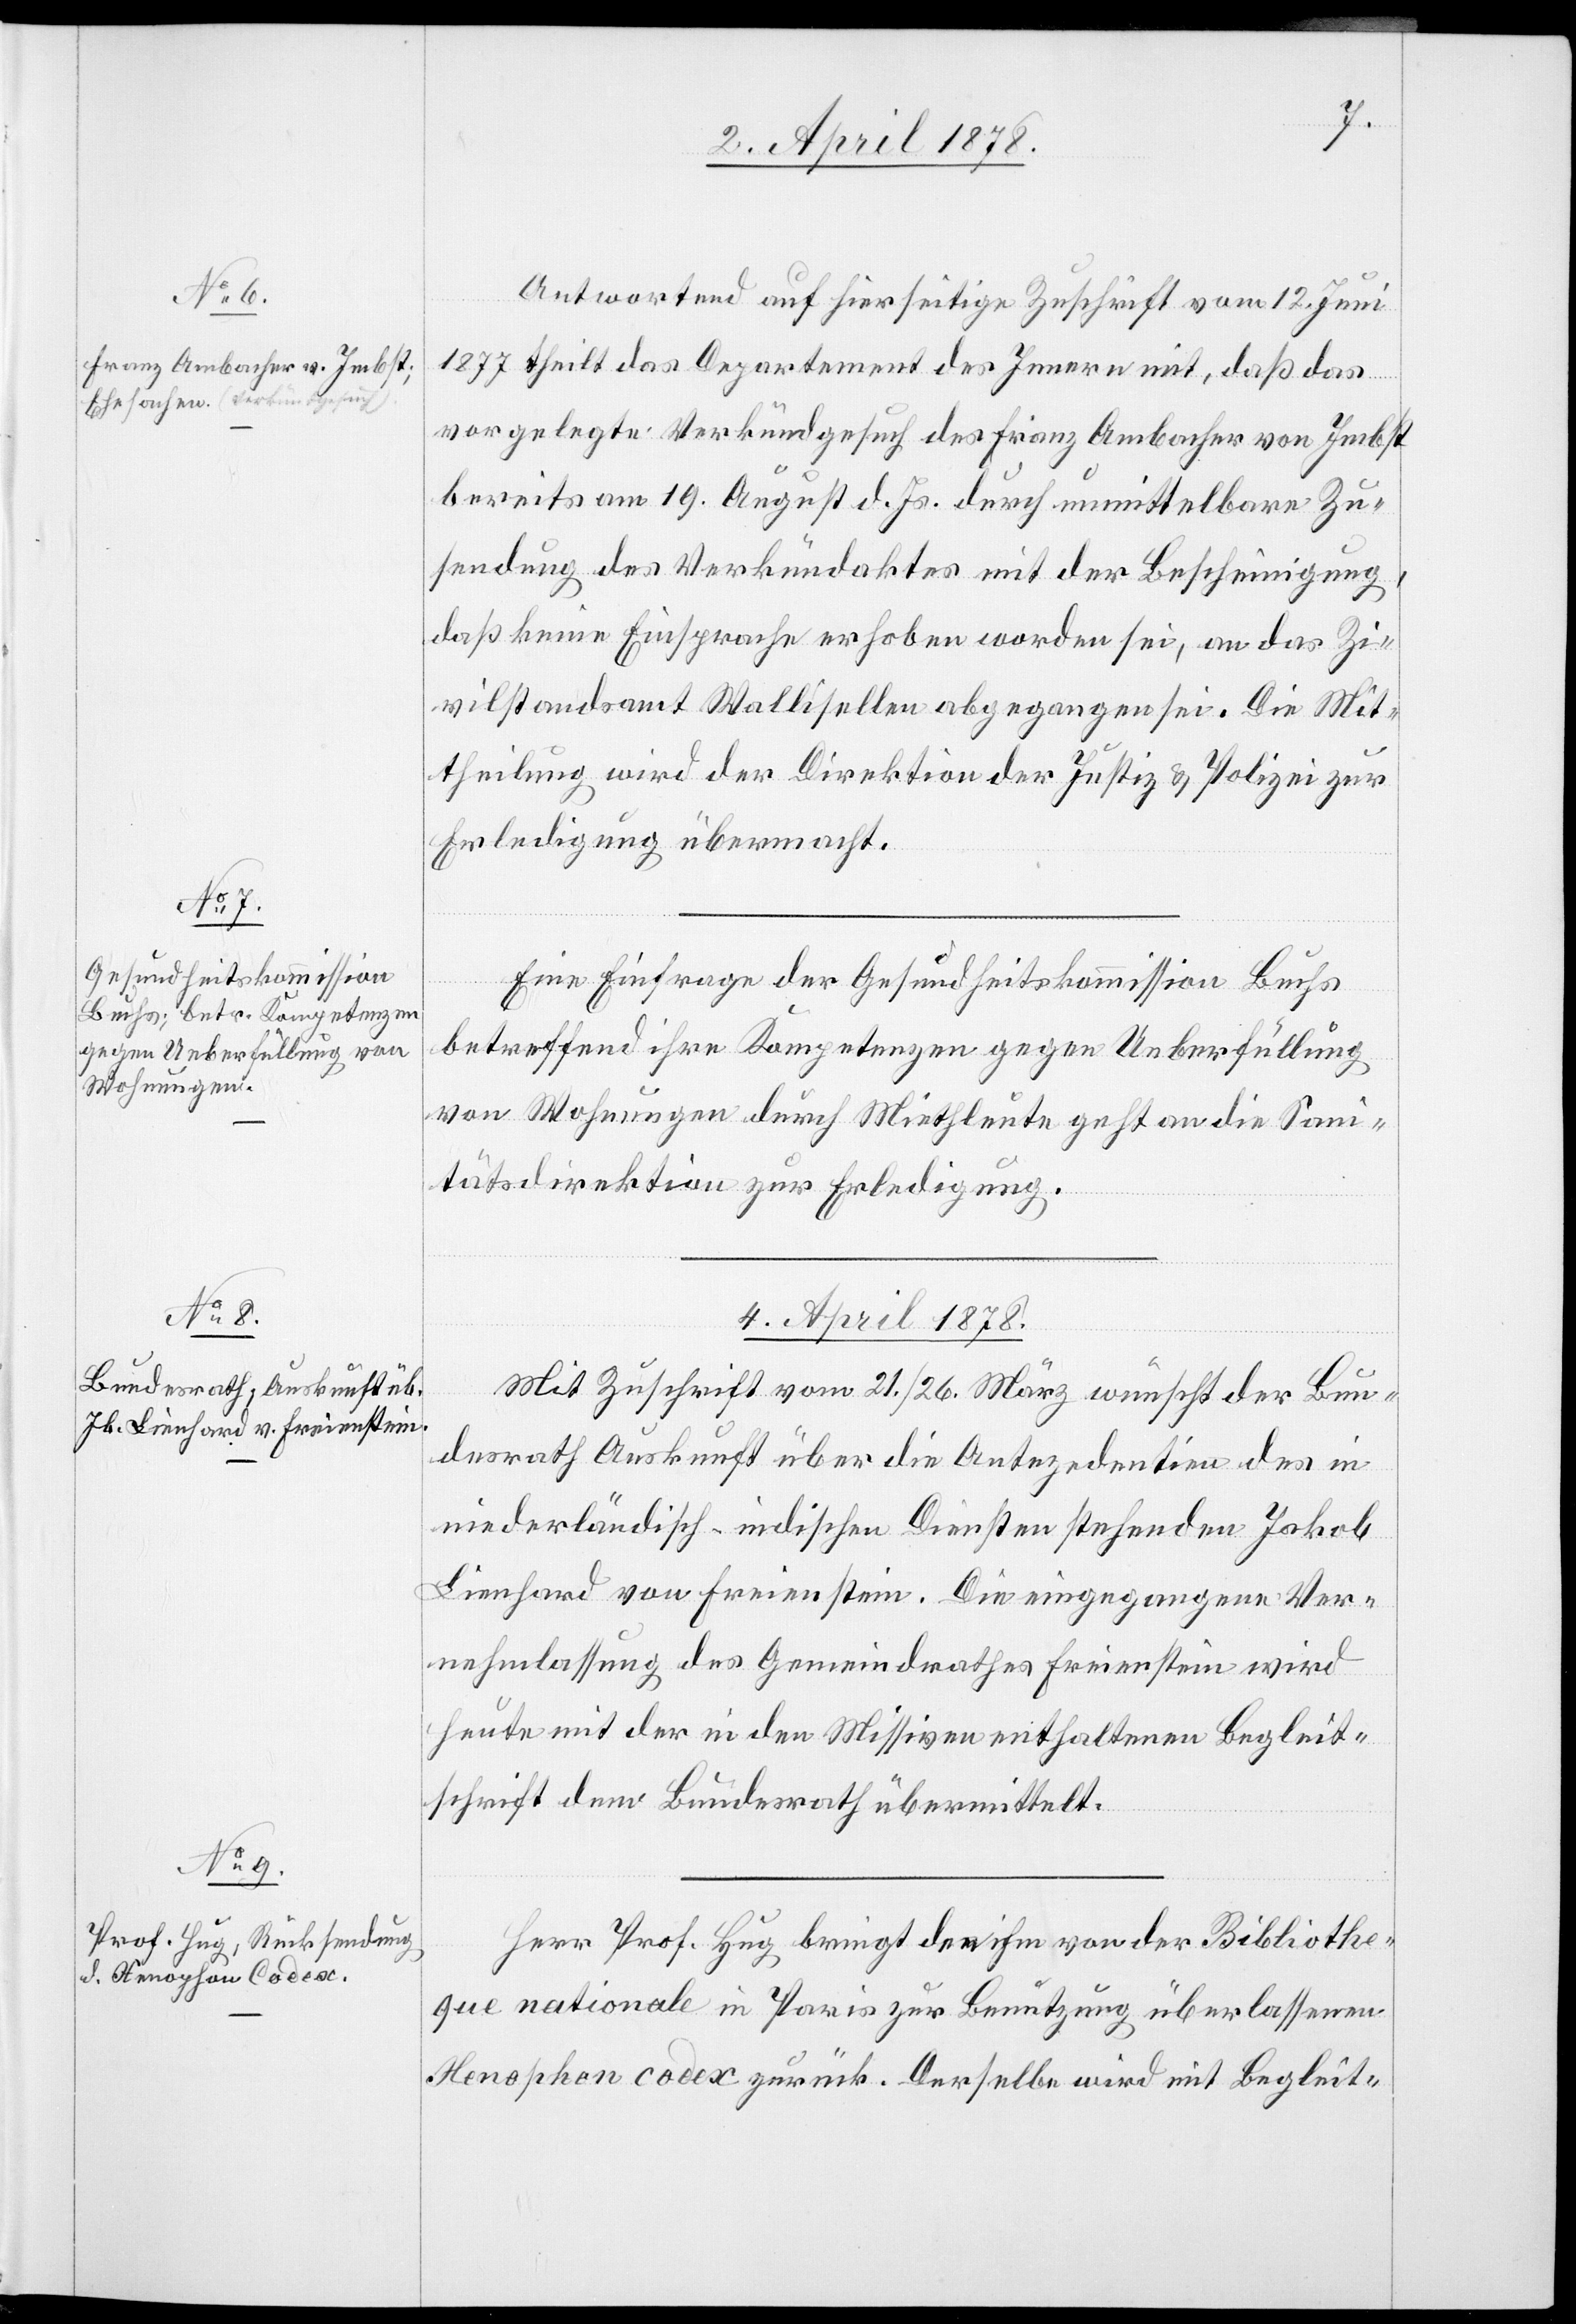
3. April 1878.]
Antwortend auf hierseitige Zuschrift vom 12. Juni
1877 theilt das Departement des Innern mit, daß das
vorgelegte Verkündgesuch des Franz Ambacher von Imbst
bereits am 19. August d. Js. durch unmittelbare Zu¬
sendung des Verkündaktes mit der Bescheinigung,
daß keine Einsprache erhoben worden sei, an das Zi¬
vilstandsamt Wallisellen abgegangen sei. Die Mit¬
theilung wird der Direktion der Justiz & Polizei zur
Erledigung übermacht.
Eine Einfrage der Gesundheitskommission Buchs
betreffend ihre Kompetenzen gegen Ueberfüllung
von Wohnungen durch Miethleute geht an die Sani¬
tätsdirektion zur Erledigung.
4. April 1878.]
Mit Zuschrift vom 21./26. März wünscht der Bun¬
desrath Auskunft über die Antezedentien des in
niederländisch-indischen Diensten stehenden Jakob
Lienhard von Freienstein. Die eingezogene Ver¬
nehmlassung des Gemeindrathes Freienstein wird
heute mit der in den Missiven enthaltenen Begleit¬
schrift dem Bundesrath übermittelt.
Herr Prof. Hug bringt den ihm von der Bibliothe¬
que nationale in Paris zur Benutzung überlassenen
Xenophon codex zurück. Derselbe wird mit Begleit-